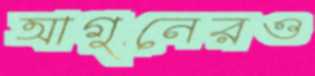
আগুনেরও